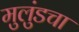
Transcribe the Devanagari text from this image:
मुलुंडचा